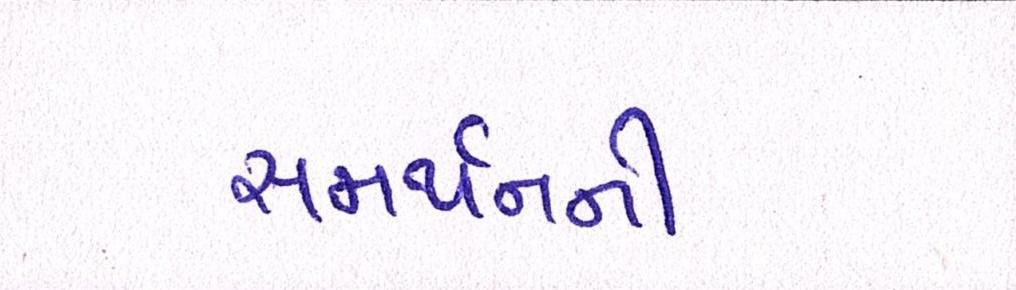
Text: સમર્થનની